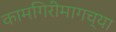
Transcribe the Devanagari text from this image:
कामगिरीमागच्या